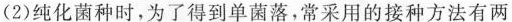
(2)纯化菌种时，为了得到单菌落，常采用的接种方法有两